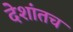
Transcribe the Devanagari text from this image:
देशांतच